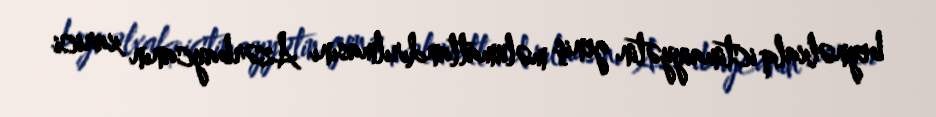
beynəlxalq ictimaiyyətin geniş məlumatlandırılmasını Azərbaycanın xarici